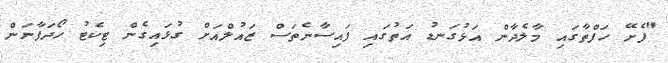
"ފެށޭ ހަފްތާގައި މާލެދާން އަޅުގަނޑު އަތުގައި ފައިސާނެތަސް ޒައުލްއަށް ގުޅައިގެން ޓިކެޓު ހޯދަފާނަން